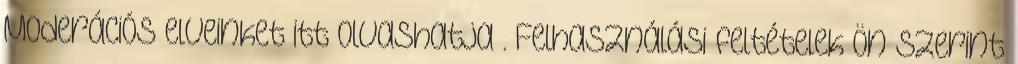
Moderációs elveinket itt olvashatja . Felhasználási feltételek Ön szerint